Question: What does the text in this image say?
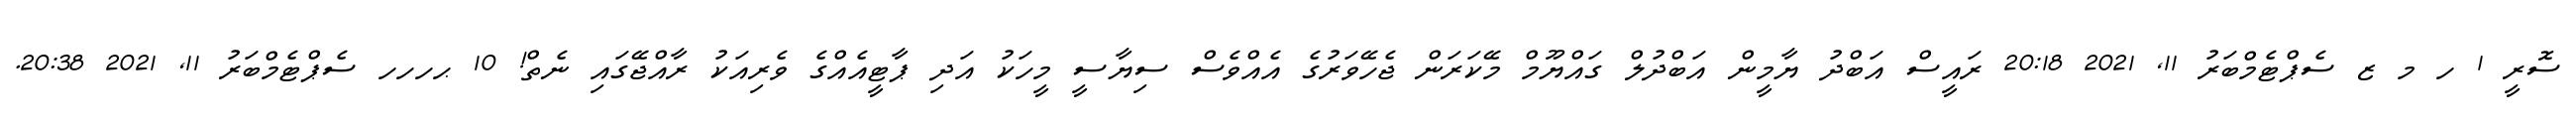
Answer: ސޮރީ 1 ހ މ ޒ ސެޕްޓެމްބަރު 11, 2021 20:18 ރައީސް އަބްދު ޔާމީން އަބްދުލް ގައްޔޫމް މޭކަރަން ޖެހޭވަރުގެ އެއްވެސް ސިޔާސީ މީހަކު އަދި ޕާޓީއެއްގެ ވެރިއަކު ރާއްޖޭގައި ނެތް! 10 ޙހހހ ސެޕްޓެމްބަރު 11, 2021 20:38.